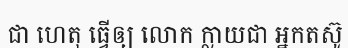
ជា ហេតុ ធ្វើឲ្យ លោក ក្លាយជា អ្នកតស៊ូ